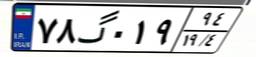
۴۳گ۳۰۴۹۱